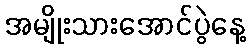
အမျိုးသားအောင်ပွဲနေ့